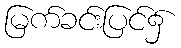
မြက်ခင်းပြင်၌